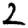
Digit: 2